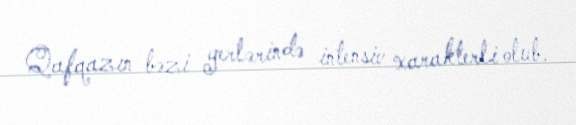
Qafqazın bəzi yerlərində intensiv xarakterli olub.